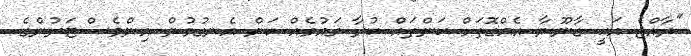
"ރާއްޖެ އަކީ ގާނޫނާ އެއްގޮތަށް ކަންތައް ކުރާ ގައުމެއް ކަން އެނގުމުން އިންވެސްޓަރުންގެ